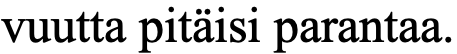
vuutta pitäisi parantaa.